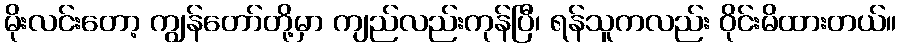
မိုးလင်းတော့ ကျွန်တော်တို့မှာ ကျည်လည်းကုန်ပြီ၊ ရန်သူကလည်း ဝိုင်းမိထားတယ်။